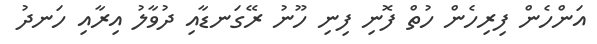
އަންހެން ފިރިހެން ހުތް ފޮނި ފިނި ހޫނު ރޭގަނޑާއި ދުވާލު އިރާއި ހަނދު